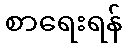
စာရေးရန်